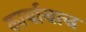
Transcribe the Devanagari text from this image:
कार्याचाच